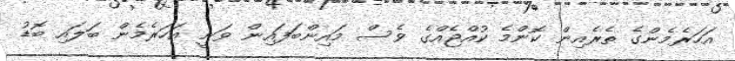
އަހަރެމެންގެ ތެރެއިން ކޮންމެ ކުއްޖެއްގެ ވެސް މައިންބަފައިން ވަނީ އަހަރެމެން ބަލައި ބޮޑު